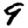
Digit: 9